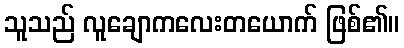
သူသည် လူချောကလေးတယောက် ဖြစ်၏။